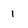
Character: 1